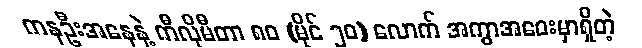
ကနဦးအနေနဲ့ ကီလိုမီတာ ၈၀ (မိုင် ၅၀) လောက် အကွာအဝေးမှာရှိတဲ့